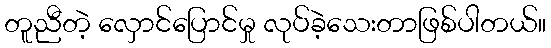
တူညီတဲ့ လှောင်ပြောင်မှု လုပ်ခဲ့သေးတာဖြစ်ပါတယ်။